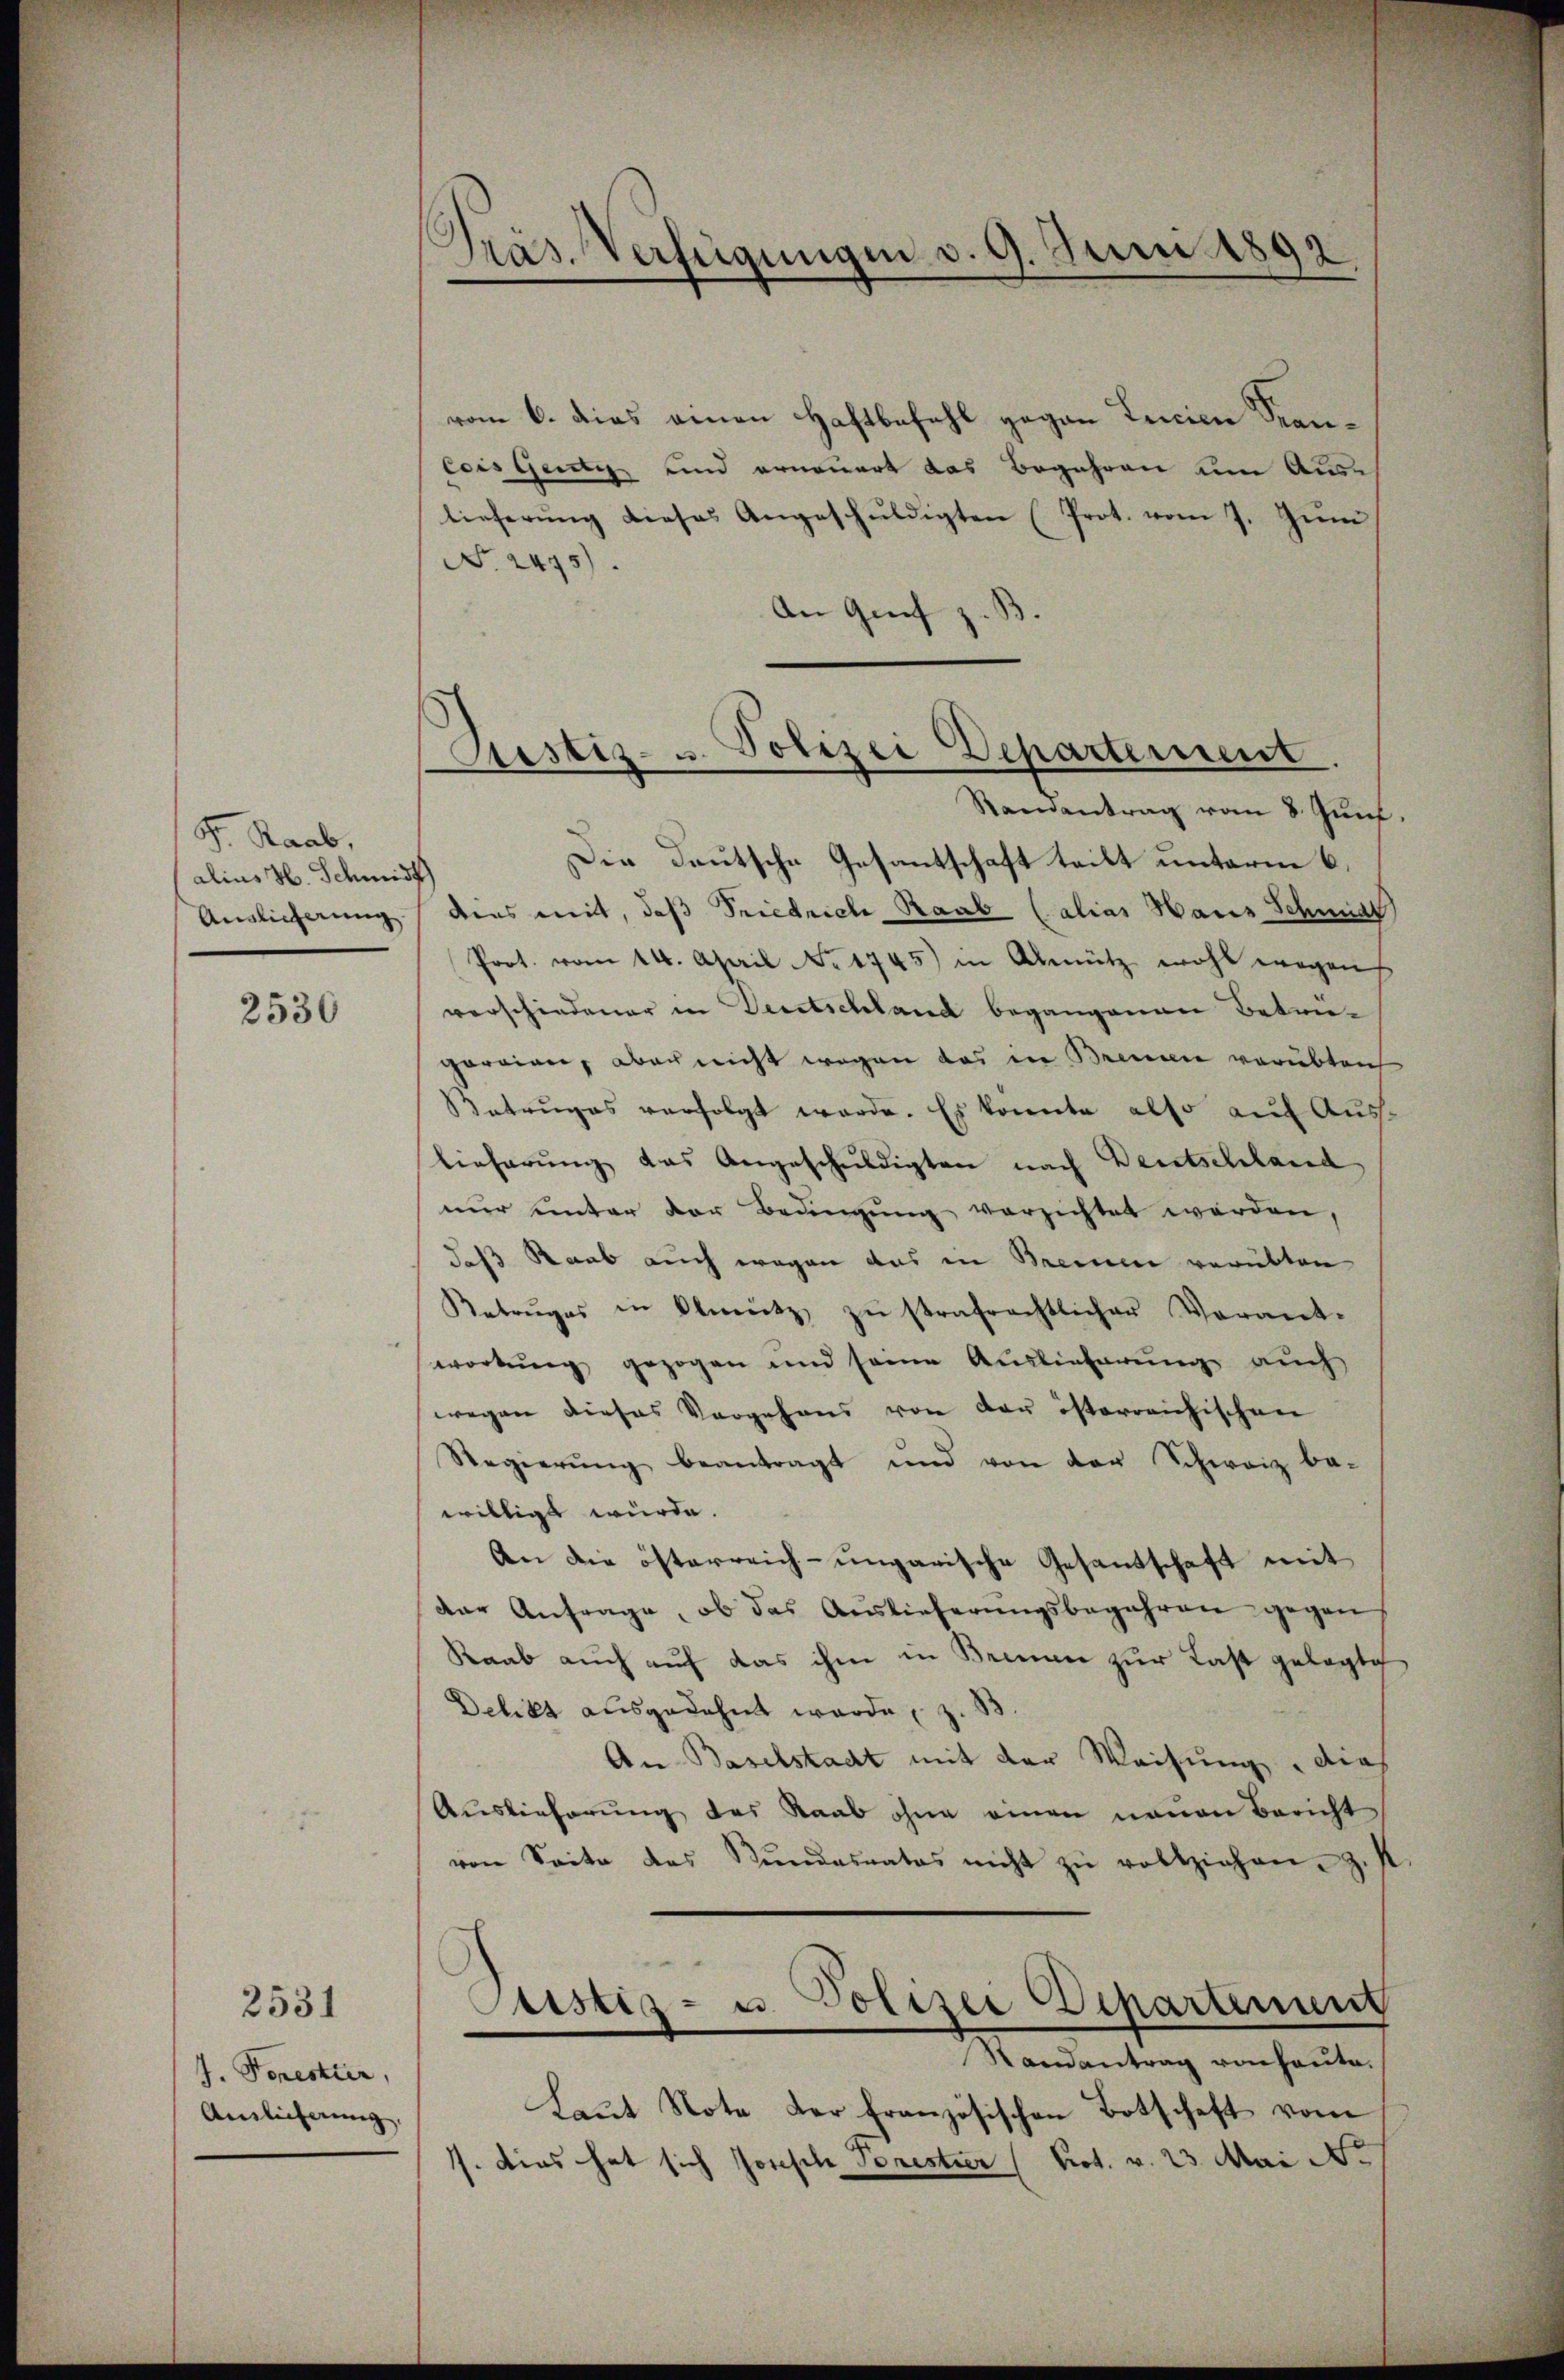
F. Raab,
alins H. Schmidt
Anglicherung

2530

J. Forestler,
Anlicherung

2531

Präs. Verfügungen d. 9. Juni 1892

vom 6. dies einen Haftbefehl gegen Leicien Kran¬
Cois Gantz und erneuert das Begehren um Aus-
lieferŭng dieses Angeschŭldigten (Prot. vom 7. Jŭni
No. 2475).
An Greif
Ramantrag vom 8. Zunf
Die Deutsche Gesantschaft teilt unterm 6.
dens mit, daß Friedrich Raab (alias Haus Schmidt
Prot. vom 14. April No 1745) in Abnütz wohl wegen
verschiedener in Bertschland begangenen Betrie-
gorien, aber nicht wegen das in Brennen vorübten
Betruges verfolgt werde. Es konnte also auf Auslieferŭng das Angeschŭldigten nach Deutschland
nur unter der Bedingung verzichtet werden,
daß Raab auch wegen das in Beinen verübten
Betruges in Olmütz zŭ strafrechtlicher Verant-
workŭng gezogen und seine Auslieferung auch
wegen dieses Vorgehens von der österreichischen
Regierŭng beantragt und von der Schweiz be-
willigt würde.
An die österreich-ungarische Gesantschaft mit
der Anfrage, ob das Auslieferŭngsbegehren gegen
Raab auch auf das ihm in Brinen zur Last gelegte
Delikt ausgedehnt werde,
An Baselstadt mit der Weisung dies
Aŭslieferŭng des Raab ohne einen neuen Bericht
von Seite des Bŭndesrates nicht zŭ vollziehen. Z. st
Justiz- u. Polizei Departenunt
Randantrag von heute.
Laut Note der französischen Botschaft vom
/. dies hat sich Josisch Porestier (Prot. v. 23. Mai N.

Sistiz- u. Polizei Departement